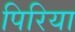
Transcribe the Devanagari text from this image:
पिरिया